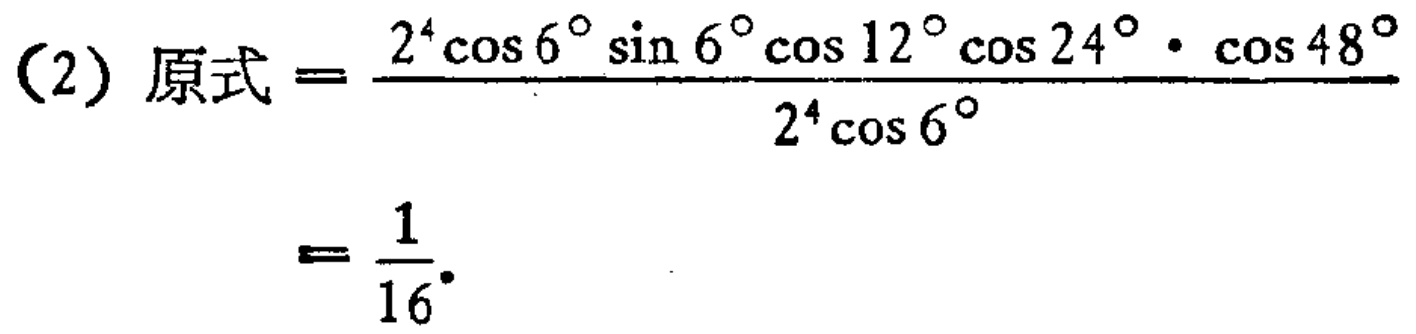
(2) 原式$=\frac{2^{4}\cos6^{\circ}\sin6^{\circ}\cos12^{\circ}\cos24^{\circ}\cdot\cos48^{\circ}}{2^{4}\cos6^{\circ}}=\frac{1}{16}$